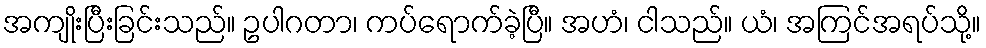
အကျိုးပြီးခြင်းသည်။ ဥပါဂတာ၊ ကပ်ရောက်ခဲ့ပြီ။ အဟံ၊ ငါသည်။ ယံ၊ အကြင်အရပ်သို့။